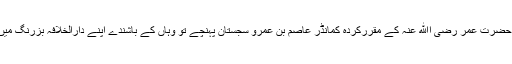
سجستان کے لیے حضرت عمر رضی اﷲ عنہ کے مقررکردہ کمانڈر عاصم بن عمرو سجستان پہنچے تو وہاں کے باشندے اپنے دارالخلافہ بزرنگ میں قلعہ بند ہو گئے ۔